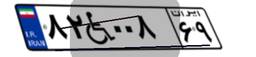
۹۴W۵۱۶۰۴